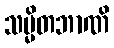
သမ္မိတဘာဏိ